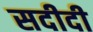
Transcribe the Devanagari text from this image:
सदीदी